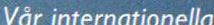
Vår internationella